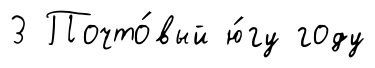
3 Почто́вый ю́гу году